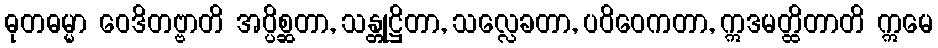
ဓုတဓမ္မာ ဝေဒိတဗ္ဗာတိ အပ္ပိစ္ဆတာ, သန္တုဋ္ဌိတာ, သလ္လေခတာ, ပဝိဝေကတာ, ဣဒမတ္ထိတာတိ ဣမေ